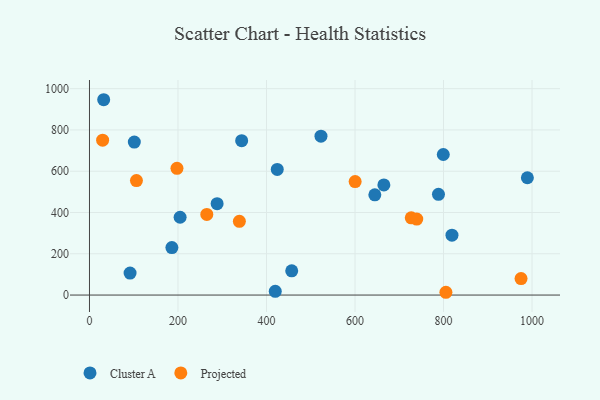
{"axis": {"x": "Speed", "y": "Rating"}, "legend": ["Cluster A", "Projected"], "data": [{"x": "186.2", "y": 229.9, "type": "Cluster A"}, {"x": "288.4", "y": 442.6, "type": "Cluster A"}, {"x": "32.1", "y": 946.4, "type": "Cluster A"}, {"x": "644.8", "y": 485.6, "type": "Cluster A"}, {"x": "343.9", "y": 748.1, "type": "Cluster A"}, {"x": "457.0", "y": 117.6, "type": "Cluster A"}, {"x": "989.5", "y": 568.4, "type": "Cluster A"}, {"x": "204.8", "y": 376.9, "type": "Cluster A"}, {"x": "419.8", "y": 18.0, "type": "Cluster A"}, {"x": "788.6", "y": 488.0, "type": "Cluster A"}, {"x": "665.2", "y": 533.6, "type": "Cluster A"}, {"x": "523.1", "y": 769.9, "type": "Cluster A"}, {"x": "424.3", "y": 608.5, "type": "Cluster A"}, {"x": "101.3", "y": 741.3, "type": "Cluster A"}, {"x": "819.1", "y": 290.0, "type": "Cluster A"}, {"x": "799.5", "y": 681.0, "type": "Cluster A"}, {"x": "91.7", "y": 106.5, "type": "Cluster A"}, {"x": "29.7", "y": 750.3, "type": "Projected"}, {"x": "197.7", "y": 614.2, "type": "Projected"}, {"x": "975.2", "y": 79.7, "type": "Projected"}, {"x": "727.1", "y": 374.1, "type": "Projected"}, {"x": "805.4", "y": 13.5, "type": "Projected"}, {"x": "600.3", "y": 549.7, "type": "Projected"}, {"x": "338.7", "y": 357.1, "type": "Projected"}, {"x": "106.1", "y": 554.9, "type": "Projected"}, {"x": "265.1", "y": 390.5, "type": "Projected"}, {"x": "739.5", "y": 368.0, "type": "Projected"}]}